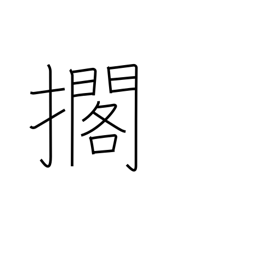
Meaning: lay down